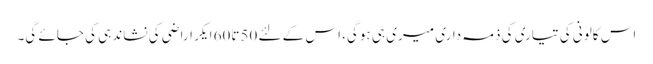
اس کالونی کی تیاری کی ذمہ داری میری ہی ہوگی، اس کے لئے 50تا60 ایکر اراضی کی نشاندہی کی جائے گی۔